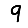
Digit: 9